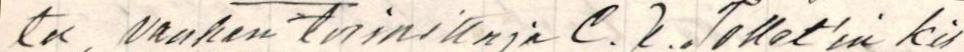
tu vanhan toimittaja C. J. Tollet'in kir